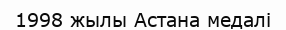
1998 жылы Астана медалі